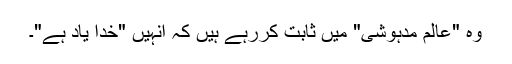
وہ "عالم مدہوشی" میں ثابت کررہے ہیں کہ انہیں "خدا یاد ہے"۔